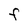
Character: F